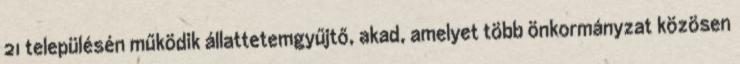
21 településén működik állattetemgyűjtő, akad, amelyet több önkormányzat közösen